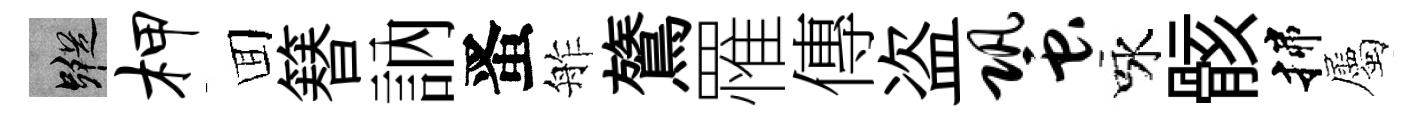
蹤柙囬簮訥󱉠舴鷟罹傳盗蛩咏骸揲屬